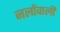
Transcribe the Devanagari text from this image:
नलोंवाली